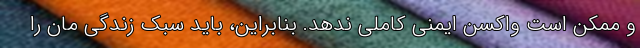
و ممکن است واکسن ایمنی کاملی ندهد. بنابراین، باید سبک زندگی ‌مان را